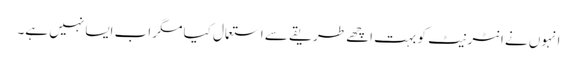
انہوں نے انٹرنیٹ کو بہت اچھے طریقے سے استعمال کیا مگر اب ایسا نہیں ہے۔